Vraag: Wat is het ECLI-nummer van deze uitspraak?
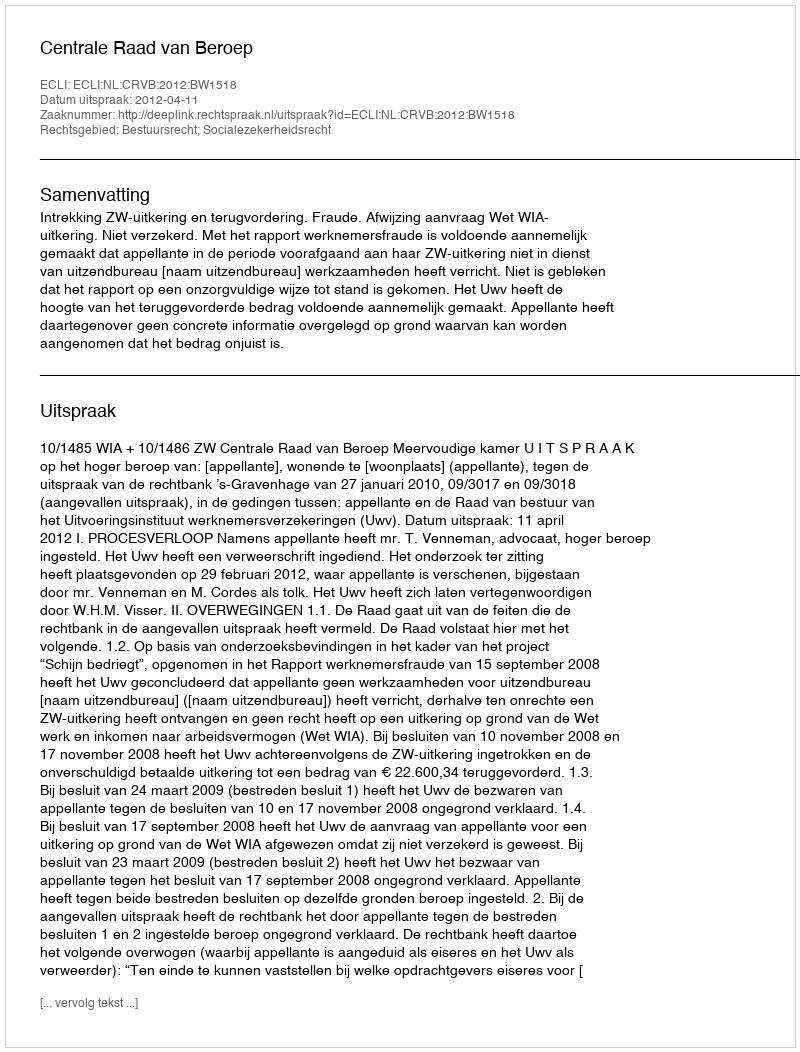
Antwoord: ECLI:NL:CRVB:2012:BW1518